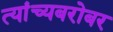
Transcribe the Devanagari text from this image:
त्यांच्यबरोबर